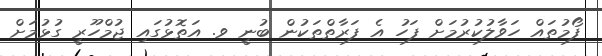
ފޯމުތައް ހަވާލުކުރުމަށް ފަހު އެ ފަރާތްތަކުން ބުނީ ވ. އަތޮޅުގައި ޖުމްހޫރީ ގުޅުމަށް